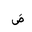
Letter: _dad